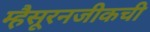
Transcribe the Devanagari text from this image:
म्हैसूरनजीकची